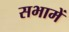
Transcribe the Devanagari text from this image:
सभामें